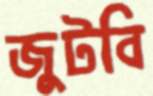
জুটবি